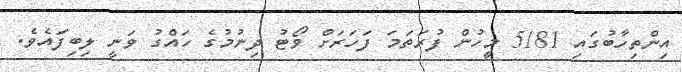
އިންތިހާބުގައި 5181 މީހުން ފުރަތަމަ ފަހަރަށް ވޯޓު ދިނުމުގެ ހައްގު ވަނީ ލިބިފައެވެ.